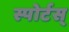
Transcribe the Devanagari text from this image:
स्पोर्टस्‌